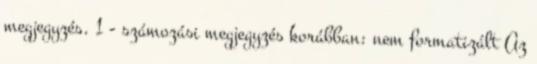
megjegyzés. 1 - számozási megjegyzés korábban: nem formatizált Az